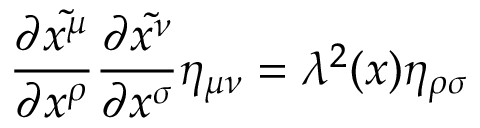
{ \frac { \partial { \tilde { x ^ { \mu } } } } { \partial x ^ { \rho } } } { \frac { \partial { \tilde { x ^ { \nu } } } } { \partial x ^ { \sigma } } } \eta _ { \mu \nu } = \lambda ^ { 2 } ( x ) \eta _ { \rho \sigma }